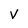
Character: v